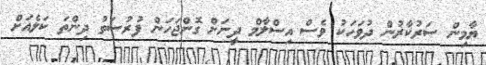
ޔާމިން ސަރުކާޜުން ދުވަހަކު ވެސް އިސްލާމް ދީނަށް ގޮންޖަހަަން ފުރުސަތު ދިންތަ ކަލެއަށް